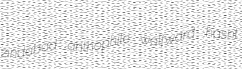
zindabad anthophile wolfward hasnt